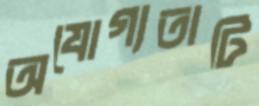
অযোগ্যতাটি